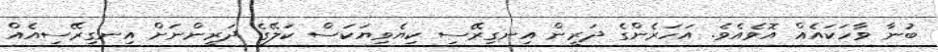
ބުނާ ވާހަކައެއް އޮވެއެވެ. އަހަރެންގެ ދަރީން އިނގިރޭސި ކިޔެވިޔަކަސް ކަލޭގެ ދަރީންނަށް އިނގިރޭސިއެއް